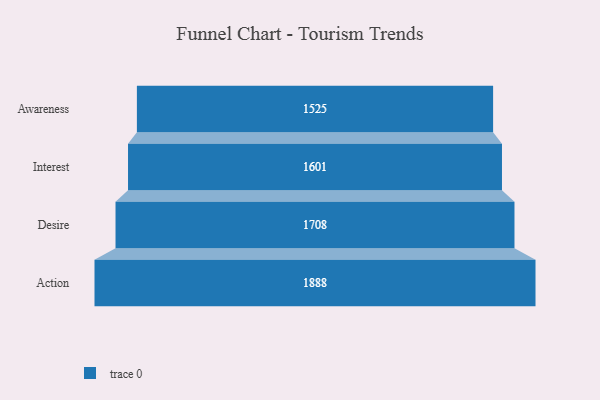
{"axis": {"x": "Stage", "y": "Value"}, "legend": [""], "data": [{"x": "Awareness", "y": 1525.0, "type": ""}, {"x": "Interest", "y": 1601.0, "type": ""}, {"x": "Desire", "y": 1708.0, "type": ""}, {"x": "Action", "y": 1888.0, "type": ""}]}